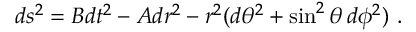
d s ^ { 2 } = B d t ^ { 2 } - A d r ^ { 2 } - r ^ { 2 } ( d \theta ^ { 2 } + \sin ^ { 2 } \theta \, d \phi ^ { 2 } ) \ .